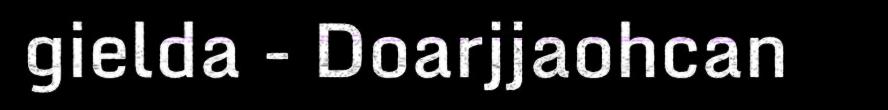
gielda - Doarjjaohcan